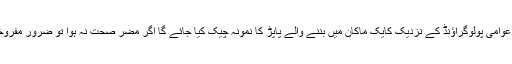
قائم مقام اے سی نے بتایا کہ عوامی پولوگراؤنڈ کے نزدیک کایک ماکان میں بننے والے پاپڑ کا نمونہ چیک کیا جائے گا اگر مضر صحت نہ ہوا تو ضرور مفروخت کی اجازت دی جائے گی۔